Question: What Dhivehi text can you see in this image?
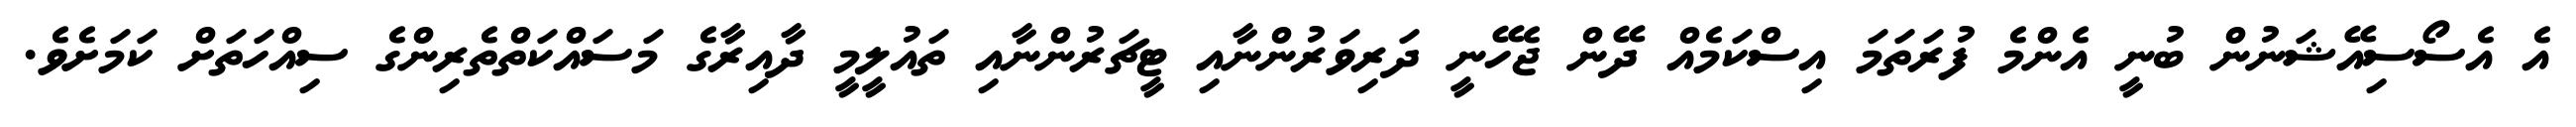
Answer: އެ އެސޯސިއޭޝަނުން ބުނީ އެންމެ ފުރަތަމަ އިސްކަމެއް ދޭން ޖެހޭނީ ދަރިވަރުންނާއި ޓީޗަރުންނާއި ތައުލީމީ ދާއިރާގެ މަސައްކަތްތެރިންގެ ސިއްހަތަށް ކަމަށެވެ.